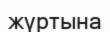
жүртына